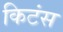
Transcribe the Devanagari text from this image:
किटंस